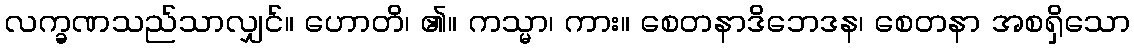
လက္ခဏသည်သာလျှင်။ ဟောတိ၊ ၏။ ကသ္မာ၊ ကား။ စေတနာဒိဘေဒန၊ စေတနာ အစရှိသော